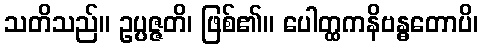
သတိသည်။ ဥပ္ပဇ္ဇတိ၊ ဖြစ်၏။ ပေါတ္ထကနိဗန္ဓတောပိ၊